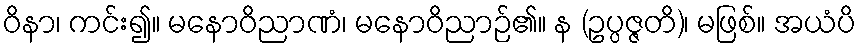
ဝိနာ၊ ကင်း၍။ မနောဝိညာဏံ၊ မနောဝိညာဉ်၏။ န (ဥပ္ပဇ္ဇတိ)၊ မဖြစ်။ အယံပိ